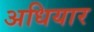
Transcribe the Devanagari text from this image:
अधियार